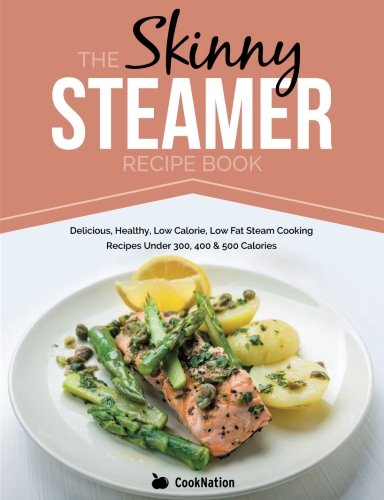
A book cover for The Skinny Steamer Recipe Book: Delicious Healthy, Low Calorie, Low Fat Steam Cooking Recipes Under 300, 400 & 500 Calories; CookNation; Cookbooks, Food & Wine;